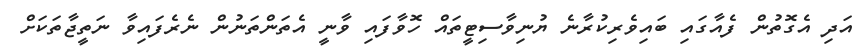
އަދި އެގޮތުން ފެއާގައި ބައިވެރިކުރާނެ ޔުނިވާސިޓީތައް ހޮވާފައި ވާނީ އެތަންތަނުން ނެރެފައިވާ ނަތީޖާތަކަށް